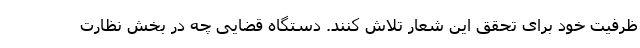
ظرفیت خود برای تحقق این شعار تلاش کنند. دستگاه قضایی چه در بخش نظارت